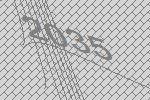
2035